Medical and sanitary report of the native army of Madras for the year
Year: 1877
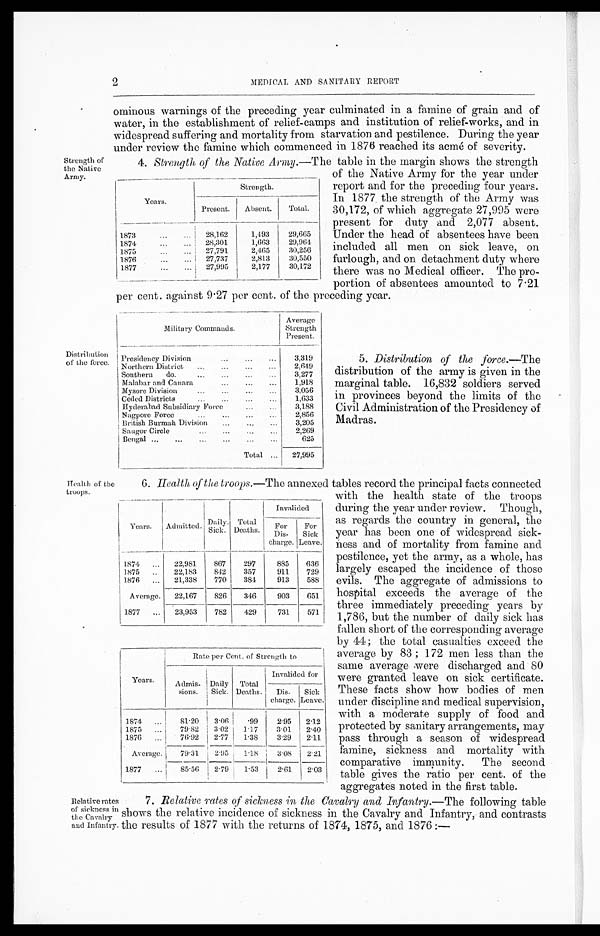
2
MEDICAL AND SANITARY REPORT
ominous warnings of the preceding year culminated in a famine of grain and of
water, in the establishment of relief-camps and institution of relief-works, and in
widespread suffering and mortality from starvation and pestilence. During the year
under review the famine which commenced in 1876 reached its acmé of severity.
Strength of
the Native
Army.
4. Strength of the Native Army.—The table in the margin shows the strength
Years.
Strength
.
Present. Absent. Total.
1873
. . .
. . . 28,162
1,493
29,665
1874
. . .
. . . 28,301
1,663
29,964
1875
. . .
. . . 27,791
2,465
30,256
1876
...
. . . 27,737
2,813
30,550
1877
...
. . . 27,995
2,177
30,172
of the Native Army for the year under
report and for the preceding four years.
In 1877 the strength of the Army was
30,172, of which aggregate 27,995 were
present for duty and 2,077 absent.
Under the head of absentees have been
included all men on sick leave, on
furlough, and on detachment duty where
there was no Medical officer. The pro-
portion of absentees amounted to 7.21
per cent. against 9.27 per cent. of the preceding year.
Distribution
of the force.
Military Commands.
Average
Strength
Present.
Presidency Division
...
. . . ...
3,319
Northern District ... . . .
. . .
... 2,649
Southern do.
...
... ... ...
3,277
Malabar and Canara
... ... ...
1,918
Mysore Division
...
...
. . . ... 3,056
Ceded Districts ...
. . .
. . . ...
1,633
Hyderabad Subsidiary Force
. . . ...
3,188
Nagpore Force
...
... ... ...
2,856
British Burmah Division ...
. . .
...
3,205
Saugor Circle
... ...
... ... 2,269
Bengal ... ... ... ...
. . . ...
625
Total ... 27,995
5. Distribution of the force.—The
distribution of the army is given in the
marginal table. 16,832 soldiers served
in provinces beyond the limits of the
Civil Administration of the Presidency of
Madras.
Health of the
troops.
6. Health of the troops.—The annexed tables record the principal facts connected
Years. Admitted. Daily
Sick.
Total
Deaths.
Invalided
F o r
Dis-
charge.
For
Sick
Leave.
1874 ... 22,981
867
297
885 636
1875
. . . 22,183
842
357
911
729
1876 ... 21,338
770 384
913
588
Average. 22,167
826
346
903
651
1877 ... 23,953
782
429
731
571
Years.
Rate per Cent. of Strength to
Admis-
sions.
Daily
Sick.
Total
Deaths.
Invalided for
Dis-
charge.
SickL e a v e .
1874 ...
81.20 3.06 .99
2.95 2.12
1875 ...
79.82 3.02 1.17
3.01 2.40
1876 ...
76.92 2.77 1.38
3.29 2.11
Average.
79.31 2.95 1.18
3.08 2.21
1877 ...
85.56 2.79 1.53
2.61 2.03
with the health state of the troops
during the year under review. Though,
as regards the country in general, the
year has been one of widespread sick-
ness and of mortality from famine and
pestilence, yet the army, as a whole, has
largely escaped the incidence of those
evils. The aggregate of admissions to
hospital exceeds the average of the
three immediately preceding years by
1,786, but the number of daily sick has
fallen short of the corresponding average
by 44 ; the total casualties exceed the
average by 83 ; 172 men less than the
same average were discharged and 80
were granted leave on sick certificate.
These facts show how bodies of men
under discipline and medical supervision,
with a moderate supply of food and
protected by sanitary arrangements, may
pass through a season of widespread
famine, sickness and mortality with
comparative immunity. The second
table gives the ratio per cent. of the
aggregates noted in the first table.
Relative rates
of sickness in
the Cavalry
and Infantry.
7. Relative rates of sickness in the Cavalry and Infantry. —The following table
shows the relative incidence of sickness in the Cavalry and Infantry, and contrast
the results of 1877 with the returns of 1874, 1875, and 1876 :—